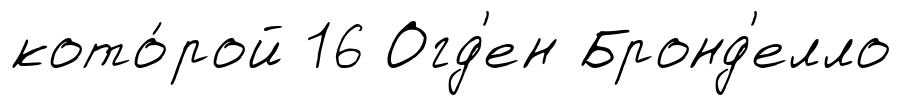
кото́рой 16 Огд'ен Бронд'елло